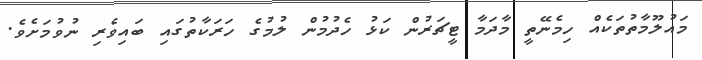
މައުލޫމާތުތަކެއް ހިމެނޭތީ މާދަމާ ޓީޗަރުން ކަޅު ހެދުމުން ލުމުގެ ހަރަކާތުގައި ބައިވެރި ނުވުމަށެވެ.